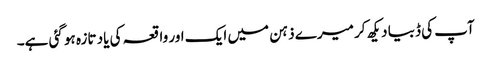
آپ کی ڈبیا دیکھ کر میرے ذہن میں ایک اور واقعہ کی یاد تازہ ہو گئی ہے۔